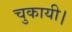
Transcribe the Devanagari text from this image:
चुकायी।